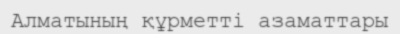
Алматының құрметті азаматтары